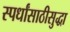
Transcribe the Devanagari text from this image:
स्पर्धांसाठीसुद्धा